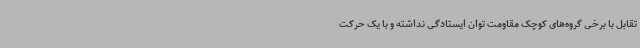
تقابل با برخی گروه‌های کوچک مقاومت توان ایستادگی نداشته و با یک حرکت